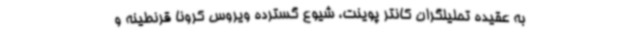
به عقیده تحلیلگران کانتر پوینت، شیوع گسترده ویروس کرونا قرنطینه و